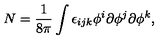
N = \frac { 1 } { 8 \pi } \int \epsilon _ { i j k } \phi ^ { i } \partial \phi ^ { j } \partial \phi ^ { k } ,